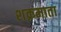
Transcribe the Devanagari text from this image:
शक्रमाता